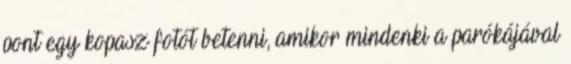
pont egy kopasz fotót betenni, amikor mindenki a parókájával